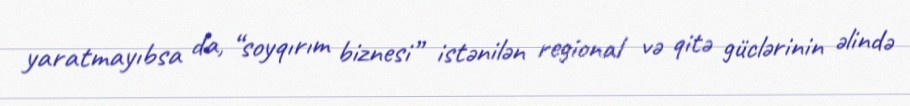
yaratmayıbsa da, “soyqırım biznesi” istənilən regional və qitə güclərinin əlində